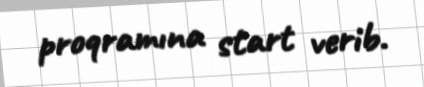
proqramına start verib.